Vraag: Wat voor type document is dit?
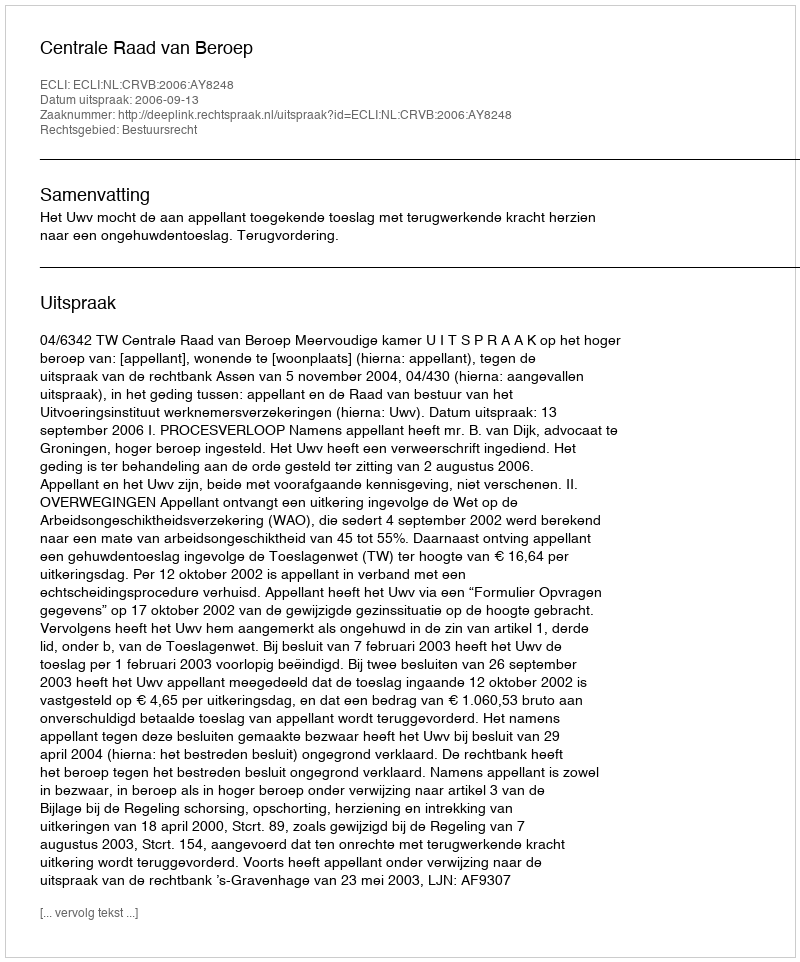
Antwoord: Uitspraak